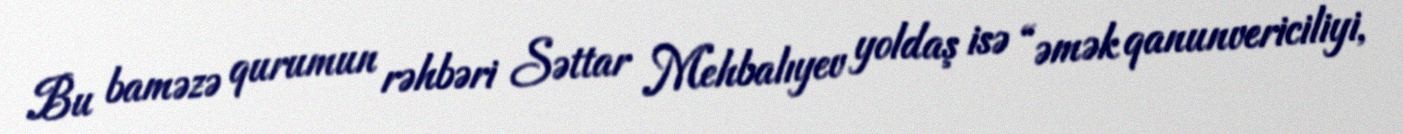
Bu baməzə qurumun rəhbəri Səttar Mehbalıyev yoldaş isə “əmək qanunvericiliyi,